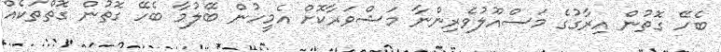
ބެހޭ ގޮތުން އިރާގުގެ މަސްއޫލުވެރިންނާ މަޝްވަރާކޮށް އެމީހުން ބޭލުމާ ބެހޭ ގޮތުން ގޮތްތަކެއް